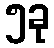
၅ခု